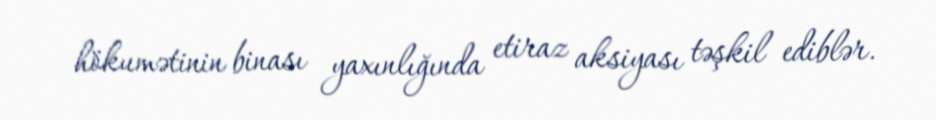
hökumətinin binası yaxınlığında etiraz aksiyası təşkil ediblər.